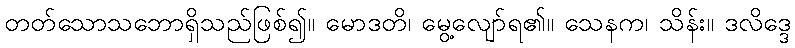
တတ်သောသဘောရှိသည်ဖြစ်၍။ မောဒတိ၊ မွေ့လျော်ရ၏။ သေနက၊ သိန်း။ ဒလိဒ္ဒေ